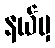
နယ်မှ